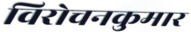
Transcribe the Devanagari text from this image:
विरोचनकुमार